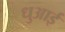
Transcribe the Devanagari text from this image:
धुआई